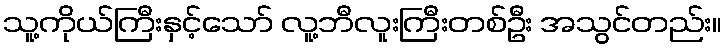
သူ့ကိုယ်ကြီးနှင့်သော် လူ့ဘီလူးကြီးတစ်ဦး အသွင်တည်း။